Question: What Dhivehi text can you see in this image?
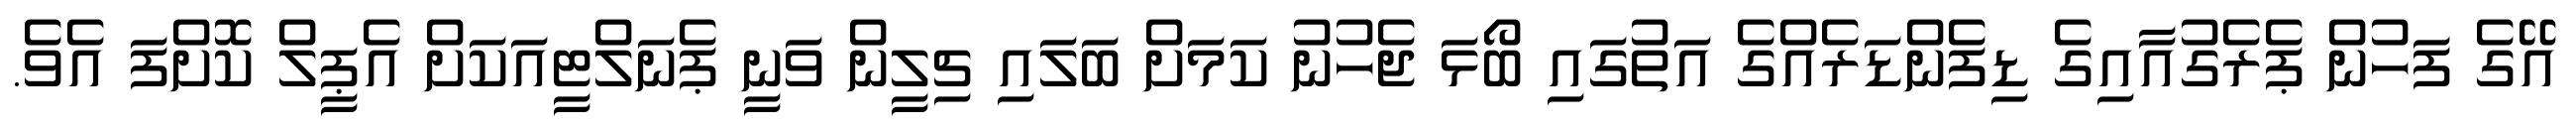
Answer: އޭގެ ފަހުން ޕެރެގުއާއިގެ ޑިފެންޑަރެއްގެ އަތުގައި ބޯޅަ ޖެހުނު ކަމަށް ބަލައި ޗިލީން ވަނީ ޕެނަލްޓީއަކަށް އެޕީލް ކޮށްފަ އެވެ.